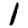
Digit: 1